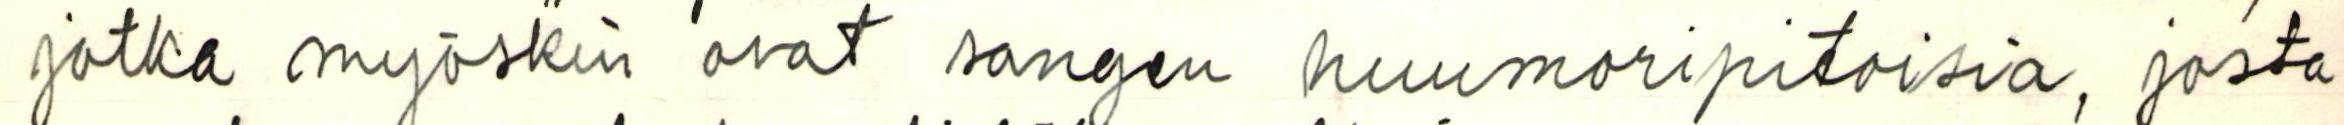
jotka myöskin ovat sangen huumoripitoisia, josta